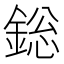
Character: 𨨟